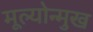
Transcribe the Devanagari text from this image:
मूल्योन्मुख